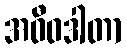
အဝီဝဒါတာ